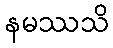
နမဿသိ